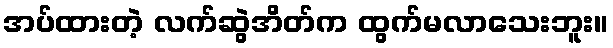
အပ်ထားတဲ့ လက်ဆွဲအိတ်က ထွက်မလာသေးဘူး။